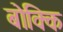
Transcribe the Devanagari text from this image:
बोक्कि